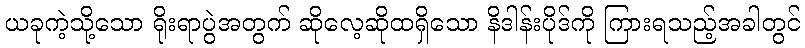
ယခုကဲ့သို့သော ရိုးရာပွဲအတွက် ဆိုလေ့ဆိုထရှိသော နိဒါန်းပိုဒ်ကို ကြားရသည့်အခါတွင်